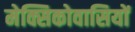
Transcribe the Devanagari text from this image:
मेक्सिकोवासियों